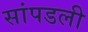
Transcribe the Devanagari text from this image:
सांपडली